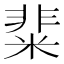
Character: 𥺟